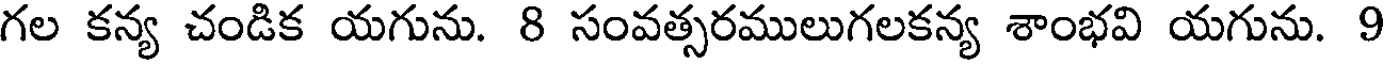
గల కన్య చండిక యగును. 8 సంవత్సరములుగలకన్య శాంభవి యగును. 9